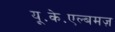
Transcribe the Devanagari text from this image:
यू॰के॰एल्बमज़